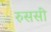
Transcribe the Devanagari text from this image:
रुससी